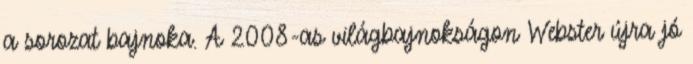
a sorozat bajnoka. A 2008-as világbajnokságon Webster újra jó